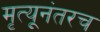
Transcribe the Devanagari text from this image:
मृत्यूनंतरच